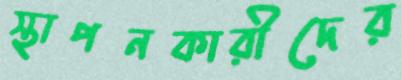
স্থাপনকারীদের